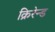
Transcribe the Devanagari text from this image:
क्रिरेन्ड